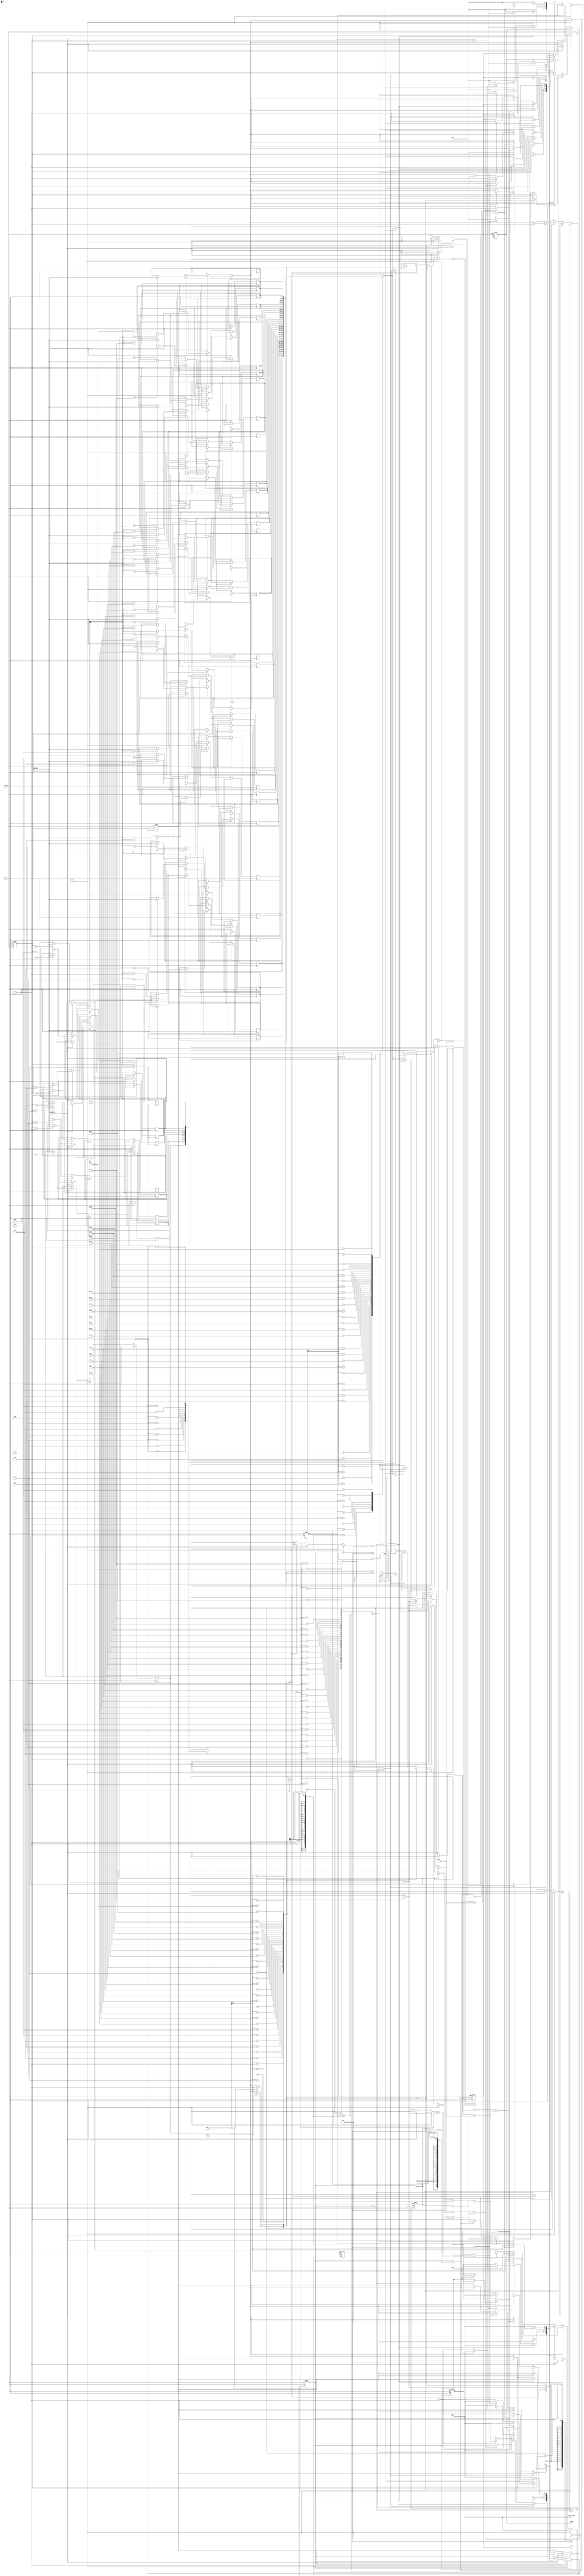
module SME(clk,reset,chardata,isstring,ispattern,valid,match,match_index);
input clk;
input reset;
input [7:0] chardata;
input isstring;
input ispattern;
output reg match;
output reg [4:0] match_index;
output reg valid;


reg [7:0] string_buffer [0:31],pattern_buffer[0:9];
reg [3:0] pattern_length,pattern_count;
reg [5:0] string_length,string_count;
reg flag;
reg first_string;

wire headsign = (pattern_buffer[0] == 8'd94)? 1:0;
wire dollarsign = (pattern_buffer[pattern_length - 4'd1] == 8'd36)? 1:0;

always@(posedge clk or posedge reset) begin
	if (reset) begin
		match <= 0;
		match_index <= 0;
		valid <= 0;
		
		pattern_count <= 0;
		pattern_length <= 0;
		string_length <= 0;
		string_count <= 0;
		first_string <= 0;
		flag <= 0;
		
	end
	else begin
		if (isstring) begin	
			if (first_string == 0) begin
				string_length <= 5'd1;
				string_buffer[0] <= chardata;
			end
			else begin
				string_length <= string_length+1;
				string_buffer[string_length] <= chardata;		
			end
			first_string <= 1;
			valid <= 0;
		end
		else begin
			if(ispattern) begin
				valid <= 0;
				match <= 0;
				pattern_buffer[pattern_length] <= chardata;
				pattern_length <= pattern_length+1;
			end
			else begin
				case ({headsign,dollarsign})
					2'b11: begin
						if (pattern_count == 0 && (string_count == 0 || string_buffer[string_count]==8'd32)) begin
							pattern_count <= pattern_count + 1;
							match <= 1;
							flag <= (string_count == 0)?1:0;
							valid <= 0;
						end
						else if (string_count + pattern_length - 1 <= string_length && pattern_count < pattern_length-1) begin
							if (string_buffer[string_count+pattern_count]==pattern_buffer[pattern_count]||pattern_buffer[pattern_count]==8'd46) begin
								pattern_count <= pattern_count + 1;
								match <= 1;
								match_index <= (string_count==0)? 0: string_count+1;
							end
							else begin
								pattern_count <= 0;
								match <= 0;
								string_count <= string_count + 1;
								match_index <= 0;
							end
							valid <= 0;
						end
						else if (pattern_count == pattern_length-1 && (string_buffer[string_count+pattern_count-flag]==8'd32||string_count+pattern_count-flag == string_length)) begin
							match <= 1;
							valid <= 1;
							pattern_count <= 0;
							string_count <= 0;
							pattern_length <= 0;
							first_string <= 0;
							flag <= 0;
						end
						else if (string_count == string_length-1) begin
							match <= 0;				
							valid <= 1;
							pattern_count <= 0;
							string_count <= 0;
							pattern_length <= 0;
							first_string <= 0;	
							flag <= 0;
						end
						else begin
							pattern_count <= 0;
							match <= 0;
							string_count <= string_count + 1;
							match_index <= 0;
							flag <= 0;
							valid <= 0;
						end	
					end
					2'b10: begin
						if (pattern_count == 0 && (string_count == 0 || string_buffer[string_count]==8'd32)) begin
							pattern_count <= pattern_count + 1;
							match <= 1;
						end
						else if (string_count + pattern_length <= string_length && pattern_count < pattern_length) begin
							if (string_buffer[string_count+pattern_count]==pattern_buffer[pattern_count]||pattern_buffer[pattern_count]==8'd46) begin
								pattern_count <= pattern_count + 1;
								match <= 1;
								match_index <= string_count+1;
							end
							else begin
								pattern_count <= 0;
								match <= 0;
								string_count <= string_count + 1;
								match_index <= 0;
							end
						end
						else begin
							valid <= 1;
							pattern_count <= 0;
							string_count <= 0;
							pattern_length <= 0;
							first_string <= 0;
						end
					end
					2'b01: begin
						if (string_count + pattern_length -1  <= string_length && pattern_count < pattern_length-1) begin
							if (string_buffer[string_count+pattern_count]==pattern_buffer[pattern_count]||pattern_buffer[pattern_count]==8'd46) begin
								pattern_count <= pattern_count + 1;
								match <= 1;
								match_index <= string_count;
							end
							else begin
								pattern_count <= 0;
								match <= 0;
								string_count <= string_count + 1;
								match_index <= 0;
							end
						end
						else if (pattern_count == pattern_length-1 && (string_buffer[string_count+pattern_count]==8'd32||string_count+pattern_count == string_length)) begin
							match <= 1;
							valid <= 1;
							pattern_count <= 0;
							string_count <= 0;
							pattern_length <= 0;
							first_string <= 0;
						end
						else if (string_count == string_length) begin
							match <= 0;				
							valid <= 1;
							pattern_count <= 0;
							string_count <= 0;
							pattern_length <= 0;
							first_string <= 0;	
						end
						else begin
							pattern_count <= 0;
							match <= 0;
							string_count <= string_count + 1;
							match_index <= 0;
						end				
					end
					2'b00: begin
						if (string_count + pattern_length <= string_length && pattern_count < pattern_length) begin
							if (string_buffer[string_count+pattern_count]==pattern_buffer[pattern_count]||pattern_buffer[pattern_count]==8'd46) begin
								pattern_count <= pattern_count + 1;
								match <= 1;
								match_index <= string_count;
							end
							else begin
								pattern_count <= 0;
								match <= 0;
								string_count <= string_count + 1;
								match_index <= 0;
							end
						end
						else begin
							valid <= 1;
							pattern_count <= 0;
							string_count <= 0;
							pattern_length <= 0;
							first_string <= 0;
						end
					end
					
				endcase
			end
		end
	
	end
end

endmodule